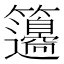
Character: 𥸅